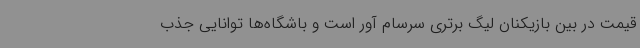
قیمت در بین بازیکنان لیگ برتری سرسام آور است و باشگاه‌ها توانایی جذب